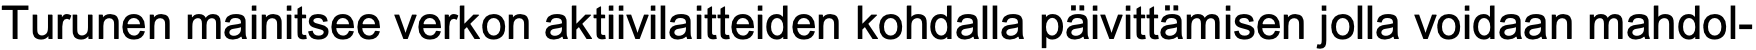
Turunen mainitsee verkon aktiivilaitteiden kohdalla päivittämisen jolla voidaan mahdol-